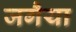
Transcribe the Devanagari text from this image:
जगैया